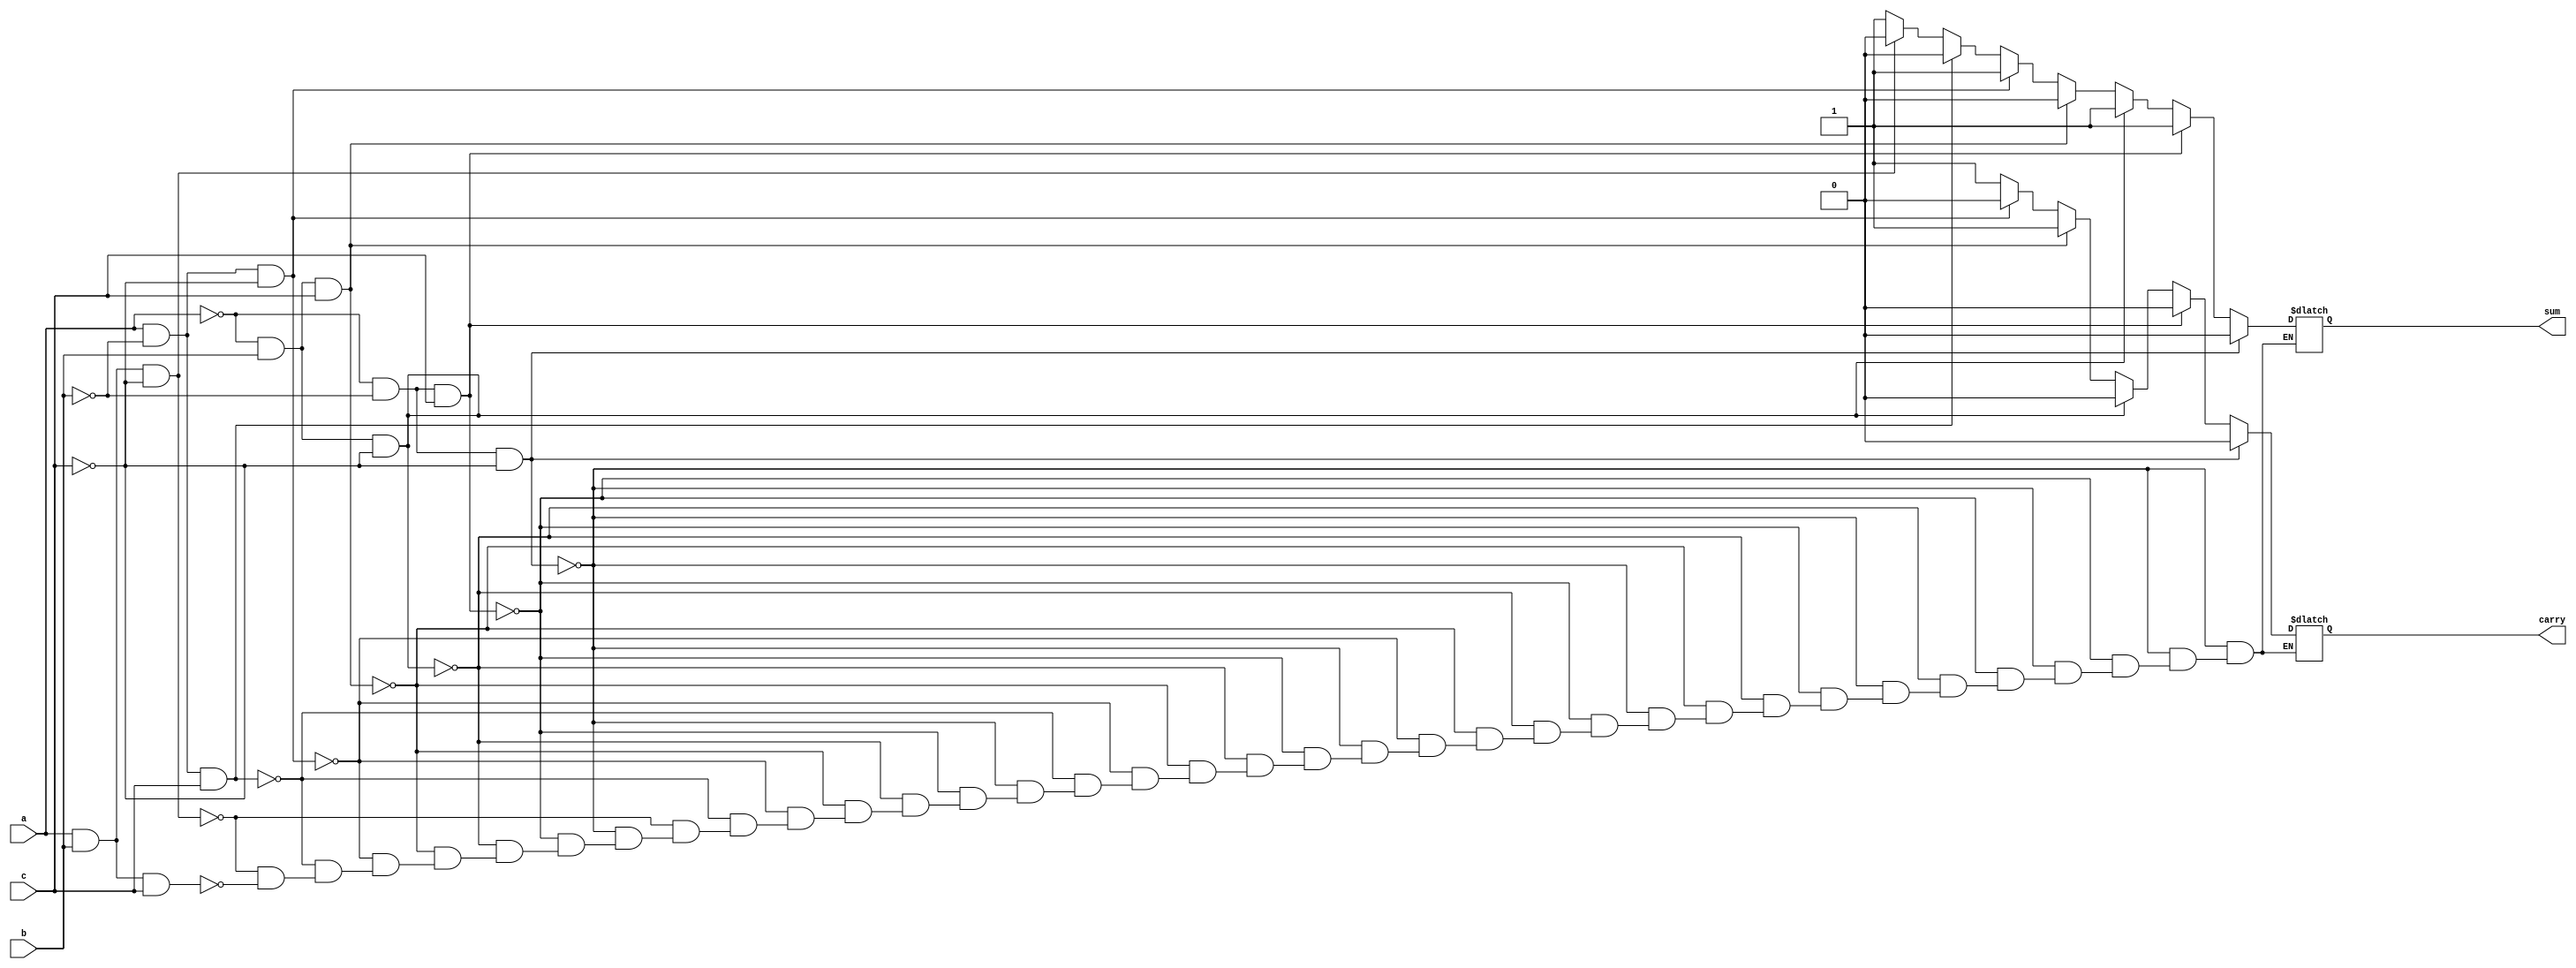
module FulladderB(sum,carry,a,b,c);
  input a,b,c;
  output reg sum,carry;
  always @(a or b or c)
  begin
    if(a==0 && b==0 && c==0)
      begin
        sum=0;
        carry=0;
      end
      
    else if(a==0 && b==0 && c==1)
      begin
        sum=1;
        carry=0;
      end
      
    else if(a==0 && b==1 && c==0)
      begin
        sum=1;
        carry=0;
      end
      
    else if(a==0 && b==1 && c==1)
      begin
        sum=0;
        carry=1;
      end
      
    else if(a==1 && b==0 && c==0)
      begin
        sum=1;
        carry=0;
      end
      
    else if(a==1 && b==0 && c==1)
      begin
        sum=0;
        carry=1;
      end
      
    else if(a==1 && b==1 && c==0)
      begin
        sum=0;
        carry=1;
      end
      
    else if(a==1 && b==1 && c==1)
      begin
        sum=1;
        carry=1;
      end
      
      
    end 
  endmodule